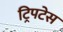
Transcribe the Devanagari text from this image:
ट्रिपटेस